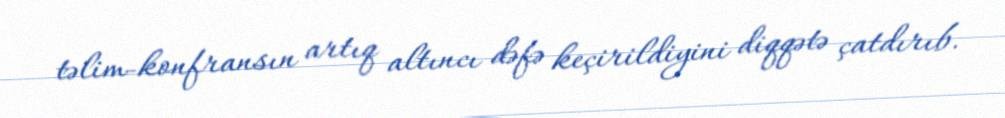
təlim-konfransın artıq altıncı dəfə keçirildiyini diqqətə çatdırıb.